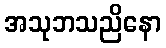
အသုဘသညိနော